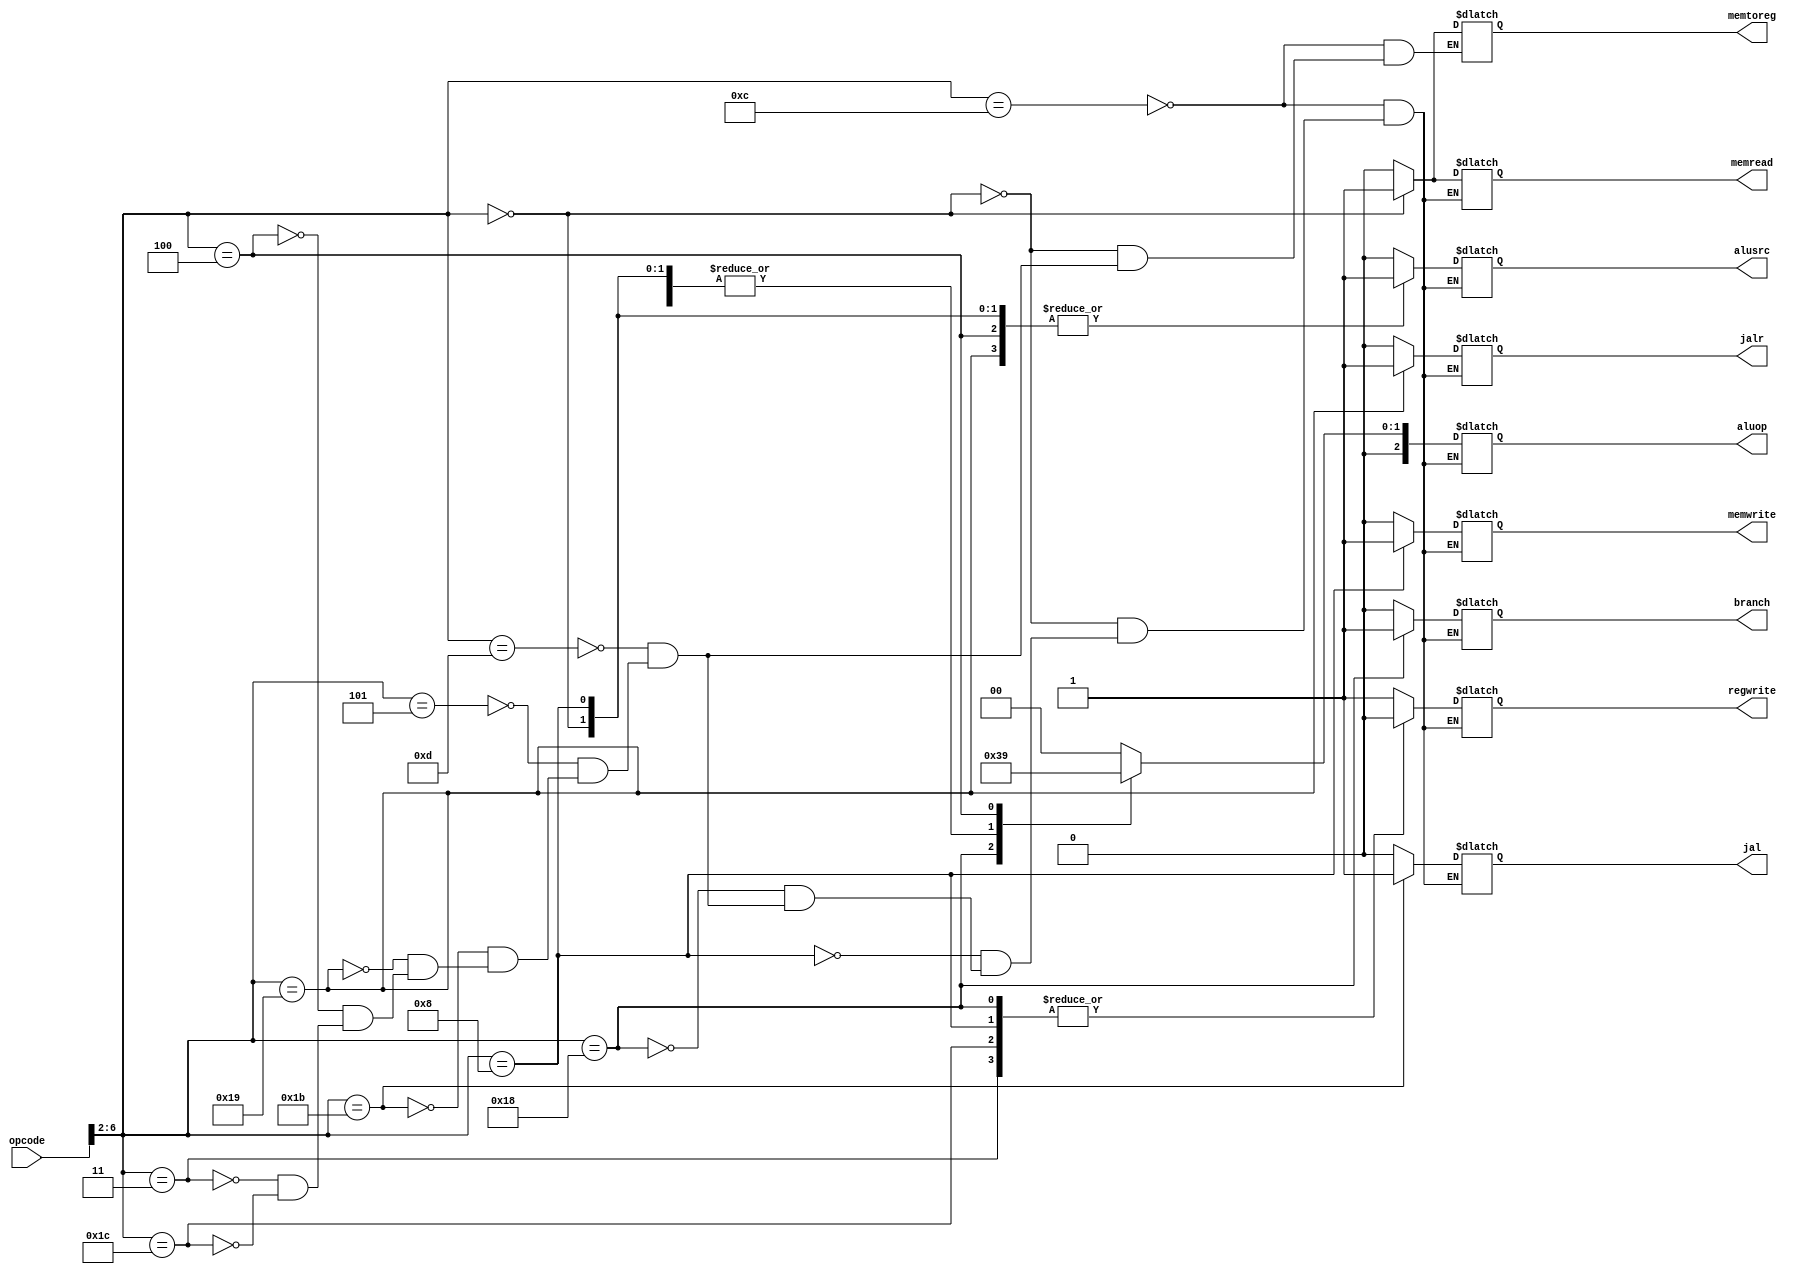
`timescale 1ns / 1ps
//////////////////////////////////////////////////////////////////////////////////
// Company: 
// Engineer: 
// 
// Design Name: 
// Module Name: control_unit
// Project Name: 
// Target Devices: 
// Tool Versions: 
// Description: 
// 
// Dependencies: 
// 
// Revision:
// Revision 0.01 - File Created
// Additional Comments:
// 
//////////////////////////////////////////////////////////////////////////////////

module control_unit(
input [6:0] opcode, output reg branch, output reg memread, output reg memtoreg,
 output reg[2:0]aluop, output reg memwrite, output reg alusrc, output reg regwrite, output reg jalr, output reg jal
    );
    wire [4:0]inst_portion;
    assign inst_portion = opcode[6:2];
    
    always@(*) begin
    case(inst_portion)
    //RType
    5'b01100: begin
    branch = 0;
    memread = 0;                                                                                                                                                                                                                                                                                                                                                                                                                                                                                                                                                                                                                            
    memtoreg = 0;
    aluop = 2'b00;
    memwrite = 0;
    alusrc = 0;
    regwrite = 1;
    jalr=0;
    jal=0;
    end
    
    //loads
    5'b00000: begin
    branch = 0;
    memread = 1;
    memtoreg = 1;
    aluop = 2'b10;
    memwrite = 0;
    alusrc = 1;
    regwrite = 1;
    jalr=0;
    jal=0;
    end
    
    //stores
    5'b01000: begin
    branch = 0;
    memread = 0;
    aluop = 2'b10;
    memwrite = 1;
    alusrc = 1;
    regwrite = 0;
    jalr=0;
    jal=0;
    end
    
    //branches
    5'b11000: begin
    branch = 1;
    memread = 0;
    aluop = 2'b11;
    memwrite = 0;
    alusrc = 0;
    regwrite = 0;
    jalr=0;
    jal=0;
    end
    
    
    //lui
    5'b01101: begin
    branch = 0;
    memread = 0;                                                                                                                                                                                                                                                                                                                                                                                                                                                                                                                                                                                                                            
    memtoreg = 0;
    aluop = 2'b00; //dont care
    memwrite = 0;
    alusrc = 0; 
    regwrite = 1;
    jalr=0;
    jal=0;
    end
    
    //auipc still unsupported: need to add shift left logical 12 using shifter shamt = 01100
    //need to add the result to pc and and give the result to reg mux
    5'b00101: begin
    branch = 0;
    memread = 0;                                                                                                                                                                                                                                                                                                                                                                                                                                                                                                                                                                                                                            
    memtoreg = 0;
    aluop = 2'b00; //dont care
    memwrite = 0;
    alusrc = 0; //dont care
    regwrite = 1;
    jalr=0;
    jal=0;
    end
    
    
    //modify controls
    //jal
    //need to pass pc+4 to reg mux 
    //need to pass target address to pc mux
    //need to or output of and gate with a new control signal jal
    5'b11011: begin
    branch = 0;
    memread = 0;                                                                                                                                                                                                                                                                                                                                                                                                                                                                                                                                                                                                                            
    memtoreg = 0;
    aluop = 2'b00; //dont care
    memwrite = 0;
    alusrc = 0; //dont care
    regwrite = 1;
    jalr=0;
    jal=1;
    end
    
    //jalr
    //need to pass pc+4 to reg mux
    //need to pass rs + offset to pc mux 
    //need to or output of and gate with a new control signal jalr
    5'b11001: begin
    branch = 0;
    memread = 0;                                                                                                                                                                                                                                                                                                                                                                                                                                                                                                                                                                                                                            
    memtoreg = 0;
    aluop = 2'b10; //add
    memwrite = 0;
    alusrc = 1; //alu input is immgetnout
    regwrite = 1;
    jalr=1;
    jal=0;
    end
    
    //Immediates
    5'b00100: begin
    branch = 0;
    memread = 0;                                                                                                                                                                                                                                                                                                                                                                                                                                                                                                                                                                                                                            
    memtoreg = 0;
    aluop = 2'b01;
    memwrite = 0;
    alusrc = 1;
    regwrite = 1;
    jalr=0;
    jal=0;
    end
    
    //fence and ecall
    5'b00011: begin
    branch = 0;
    memread = 0;                                                                                                                                                                                                                                                                                                                                                                                                                                                                                                                                                                                                                            
    memtoreg = 0;
    aluop = 2'b00; //dont care
    memwrite = 0;
    alusrc = 0; //dont care
    regwrite = 0;
    jalr=0;
    jal=0;
    end
    
    //ebreak
    5'b11100: begin
     branch = 0;
    memread = 0;                                                                                                                                                                                                                                                                                                                                                                                                                                                                                                                                                                                                                            
    memtoreg = 0;
    aluop = 2'b00; //dont care
    memwrite = 0;
    alusrc = 0;
    regwrite = 0;
    jalr=0;
    jal=0;
    end
    
    
    endcase
    end
endmodule